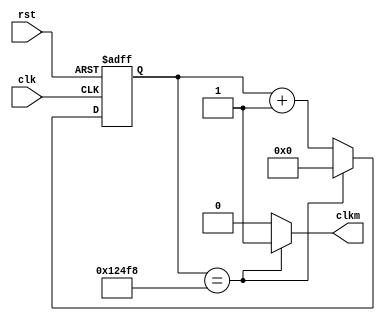

module div_input(
	input clk,
	input rst,
	output reg clkm
);

reg[16:0] f_licz;
reg[16:0] n_licz;
reg clka = 0;

always@(posedge clk or posedge rst)begin
	if(rst) begin
		clka <= 0;
	end 
	else begin
		clka <= clkm;
	end
end

always@(posedge clk or posedge rst)begin
	if(rst) begin
		f_licz <= 0;
	end 
	else begin
		f_licz <= n_licz;
	end
end

always@(*)begin
	n_licz = f_licz + 15'b1;
	clkm = 0;
	
	if(f_licz == 75000)begin
		n_licz = 0;
		clkm = 1;
	end
end

endmodule

module timer (
	input clk,
	input clkm,
	input mclk,
	input rst,
	
	output reg[15:0] out
);

reg[15:0] lic = 16'b0;
reg[15:0] nlic = 16'b0;


always@( posedge clkm or posedge rst )begin
	if(rst)begin
		lic <= 16'b0;
	end else
	begin
		lic <= nlic;
	end
end

always@(*) begin
	nlic = lic + 16'b1;
end

always@( posedge clk or posedge rst) begin
	if(rst)begin
		out <= 0;
	end else
	begin
		out <= lic;
	end
end

endmodule